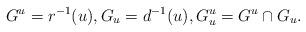
LaTeX: \begin{align*}G^u = r^{-1}(u), G_u = d^{-1}(u), G_u^u = G^u \cap G_u.\end{align*}